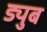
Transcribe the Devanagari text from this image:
ड्युब